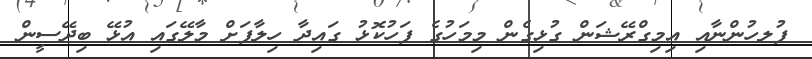
ފުލހުންނާއި އިމިގްރޭޝަން ގުޅިގެން މިމަހުގެ ފަހުކޮޅު ގައިދާ ހިލާފަށް މާލޭގައި އުޅޭ ބިދޭސީން